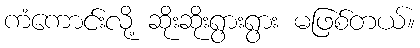
ကံကောင်းလို့ ဆိုးဆိုးရွားရွား မဖြစ်တယ်။